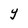
Character: Y